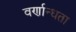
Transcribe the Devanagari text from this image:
वर्णान्धता